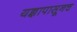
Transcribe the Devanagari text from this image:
यज्ञापासूनच